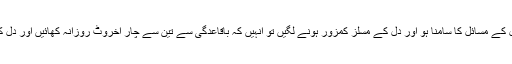
ان کا کہنا ہے کہ اگر کسی کو دل کے مسائل کا سامنا ہو اور دل کے مسلز کمزور ہونے لگیں تو انہیں کہ باقاعدگی سے تین سے چار اخروٹ روزانہ کھائیں اور دل کی بیماریوں سے محفوظ ہوجائیں